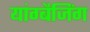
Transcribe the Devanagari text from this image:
यांग्बैजिंग